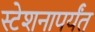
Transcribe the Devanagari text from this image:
स्टेशनापर्यंत